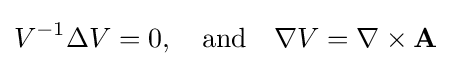
V^{-1}\Delta V=0,\quad {\text{and}}\quad \nabla V=\nabla \times \mathbf {A}